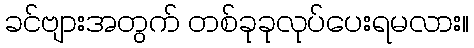
ခင်ဗျားအတွက် တစ်ခုခုလုပ်ပေးရမလား။